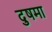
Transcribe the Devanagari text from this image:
दुषमा